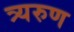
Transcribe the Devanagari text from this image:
त्र्यरुण